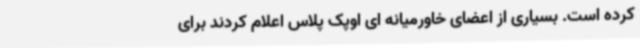
کرده است. بسیاری از اعضای خاورمیانه ای اوپک پلاس اعلام کردند برای